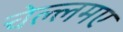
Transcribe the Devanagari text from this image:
चेल्लमए